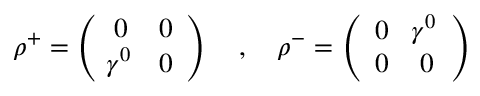
\rho ^ { + } = \left( \begin{array} { c c } { { 0 } } & { { 0 } } \\ { { \! \gamma ^ { 0 } } } & { { 0 } } \end{array} \right) \quad , \quad \rho ^ { - } = \left( \begin{array} { c c } { { 0 } } & { { \! \gamma ^ { 0 } } } \\ { { 0 } } & { { 0 } } \end{array} \right)